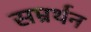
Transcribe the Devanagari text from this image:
सम्रर्थन